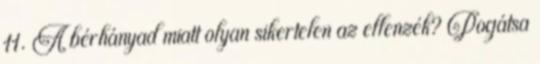
11. A bérhányad miatt olyan sikertelen az ellenzék? Pogátsa